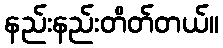
နည်းနည်းတိတ်တယ်။